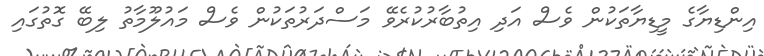
އިންޑިޔާގެ މީޑިޔާތަކުން ވެސް އަދި އިތުބާރުކުރެވޭ މަސްދަރުތަކުން ވެސް މައުލޫމާތު ލިބޭ ގޮތުގައި